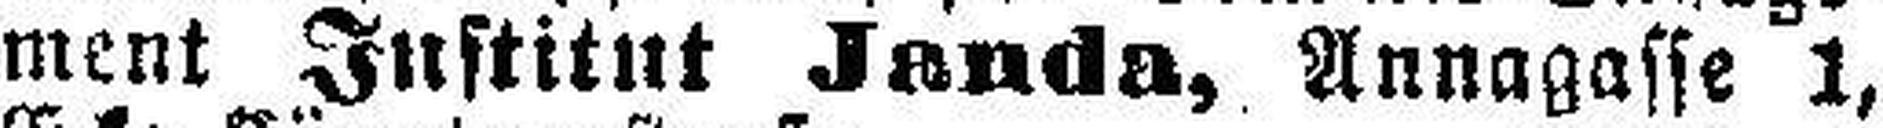
ment Institut Janda, Annagasse 1,